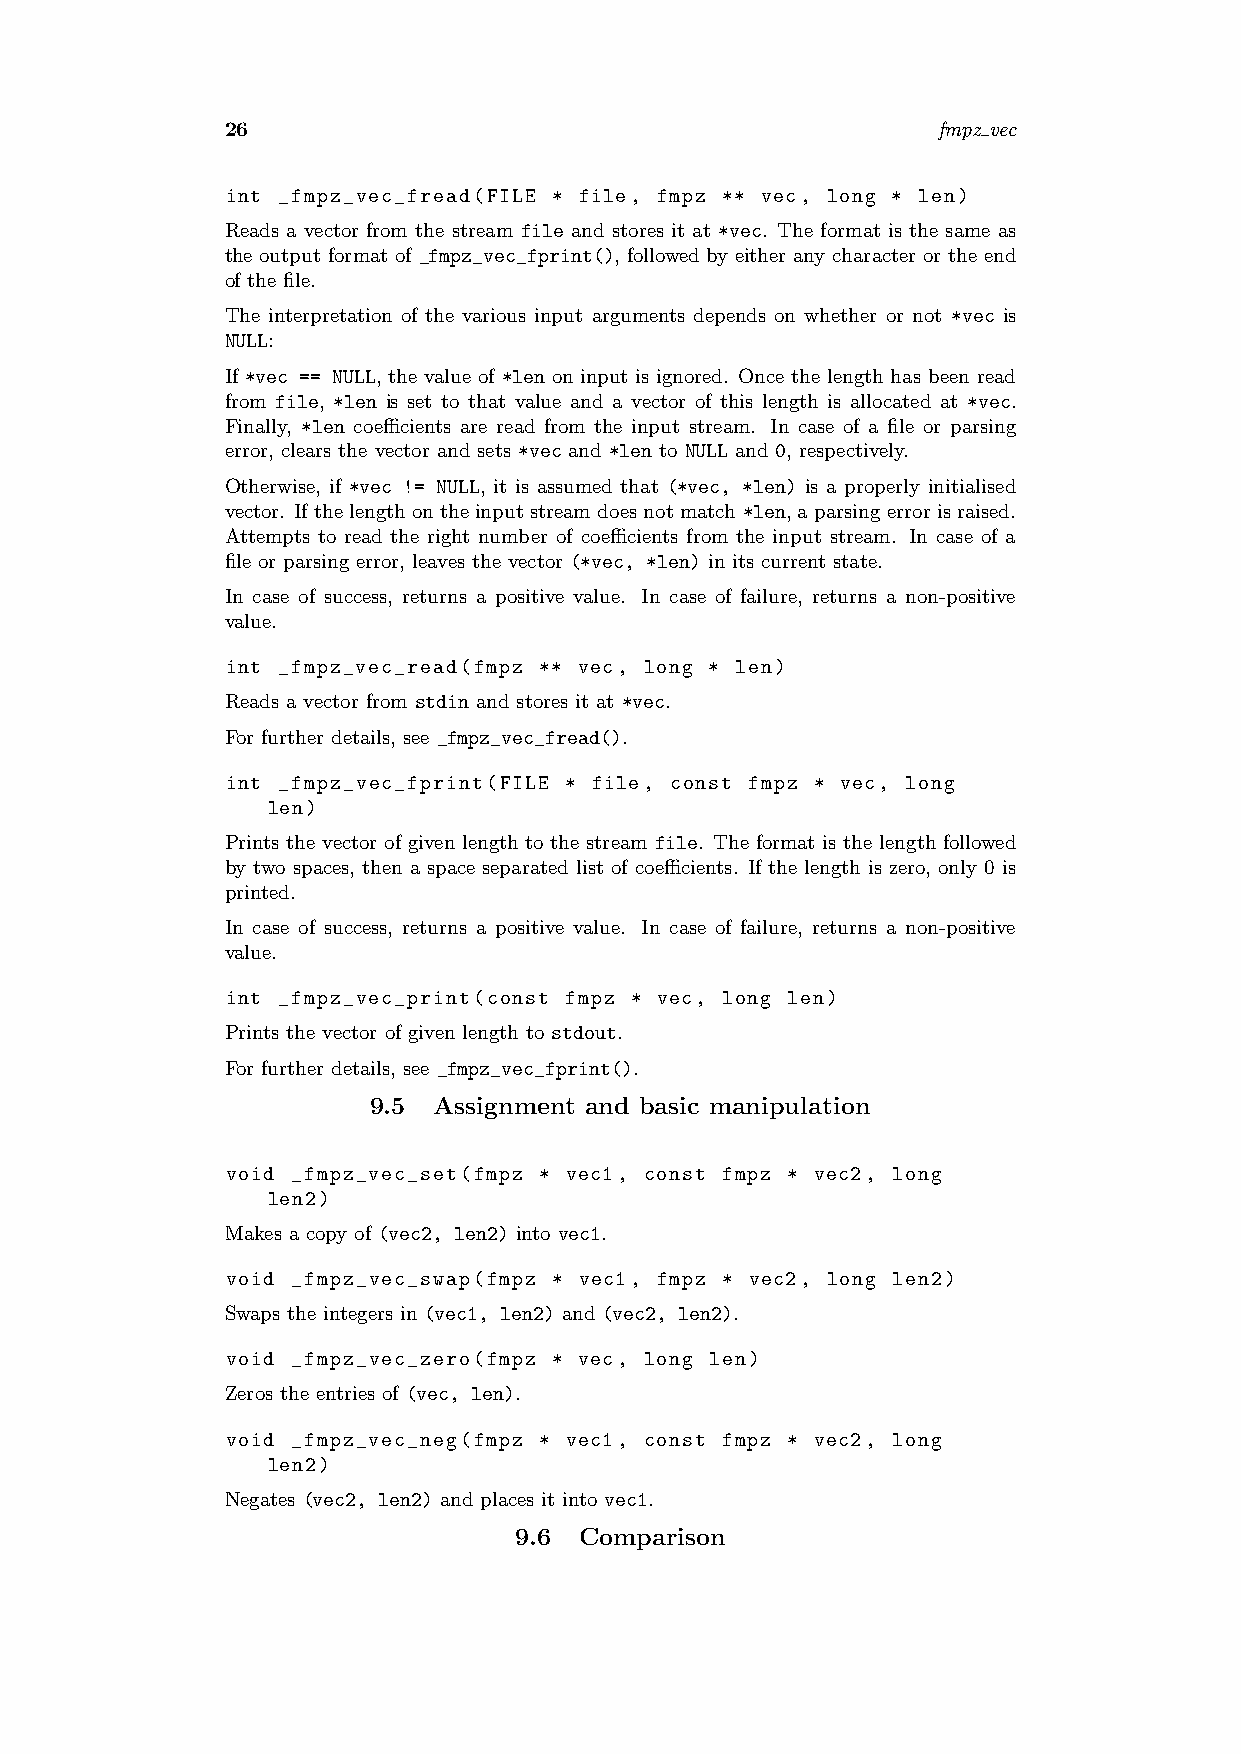
26                                             fmpz vec
 int _fmpz_vec_fread(FILE * file, fmpz ** vec, long * len)
 Reads a vector from the stream file and stores it at *vec. The format is the same as
 the output format of _fmpz_vec_fprint(), followed by either any character or the end
 of the file.
 The interpretation of the various input arguments depends on whether or not *vec is
 NULL:
 If *vec == NULL, the value of *len on input is ignored. Once the length has been read
 from file, *len is set to that value and a vector of this length is allocated at *vec.
 Finally, *len coefficients are read from the input stream. In case of a file or parsing
 error, clears the vector and sets *vec and *len to NULL and 0, respectively.
 Otherwise, if *vec != NULL, it is assumed that (*vec, *len) is a properly initialised
 vector. Ifthelengthontheinputstreamdoesnotmatch*len, a parsing errorisraised.
 Attempts to read the right number of coefficients from the input stream. In case of a
 file or parsing error, leaves the vector (*vec, *len) in its current state.
 In case of success, returns a positive value. In case of failure, returns a non-positive
 value.
 int _fmpz_vec_read(fmpz ** vec, long * len)
 Reads a vector from stdin and stores it at *vec.
 For further details, see _fmpz_vec_fread().
 int _fmpz_vec_fprint(FILE * file, const fmpz * vec, long
 len)
 Prints the vector of given length to the stream file. The format is the length followed
 by two spaces, then a space separated list of coefficients. If the length is zero, only 0 is
 printed.
 In case of success, returns a positive value. In case of failure, returns a non-positive
 value.
 int _fmpz_vec_print(const fmpz * vec, long len)
 Prints the vector of given length to stdout.
 For further details, see _fmpz_vec_fprint().
 9.5  Assignment and basic manipulation
 void _fmpz_vec_set(fmpz * vec1, const fmpz * vec2, long
 len2)
 Makes a copy of (vec2, len2) into vec1.
 void _fmpz_vec_swap(fmpz * vec1, fmpz * vec2, long len2)
 Swaps the integers in (vec1, len2) and (vec2, len2).
 void _fmpz_vec_zero(fmpz * vec, long len)
 Zeros the entries of (vec, len).
 void _fmpz_vec_neg(fmpz * vec1, const fmpz * vec2, long
 len2)
 Negates (vec2, len2) and places it into vec1.
 9.6 Comparison